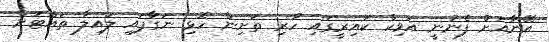
އޭނާއަށް ފެނުނީ އަވިކް ކައިރީގައި ހުރި ތަށިން ހޮޅި ނަގާފައި ލައިލާ ތައްޓަށް